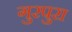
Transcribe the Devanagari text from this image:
गुरपुरा